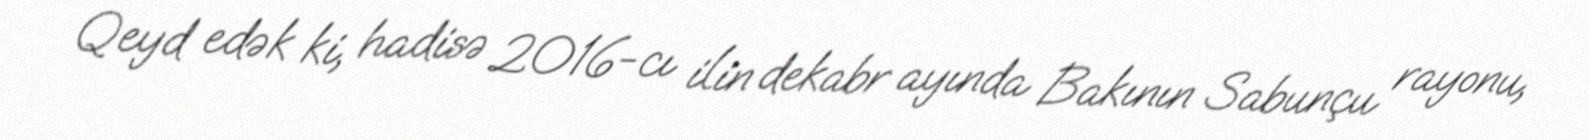
Qeyd edək ki, hadisə 2016-cı ilin dekabr ayında Bakının Sabunçu rayonu,